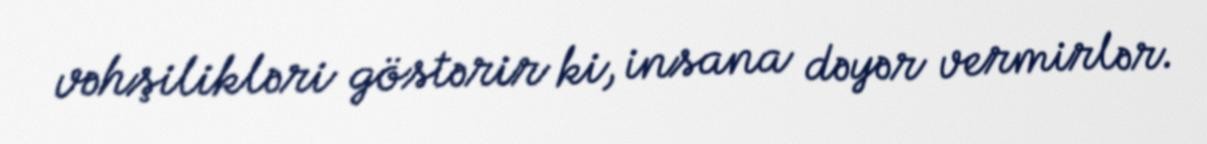
vəhşilikləri göstərir ki, insana dəyər vermirlər.